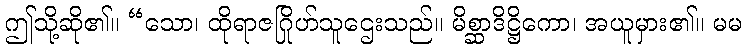
ဤသို့ဆို၏။ “သော၊ ထိုရာဇဂြိုဟ်သူဌေးသည်။ မိစ္ဆာဒိဋ္ဌိကော၊ အယူမှား၏။ မမ